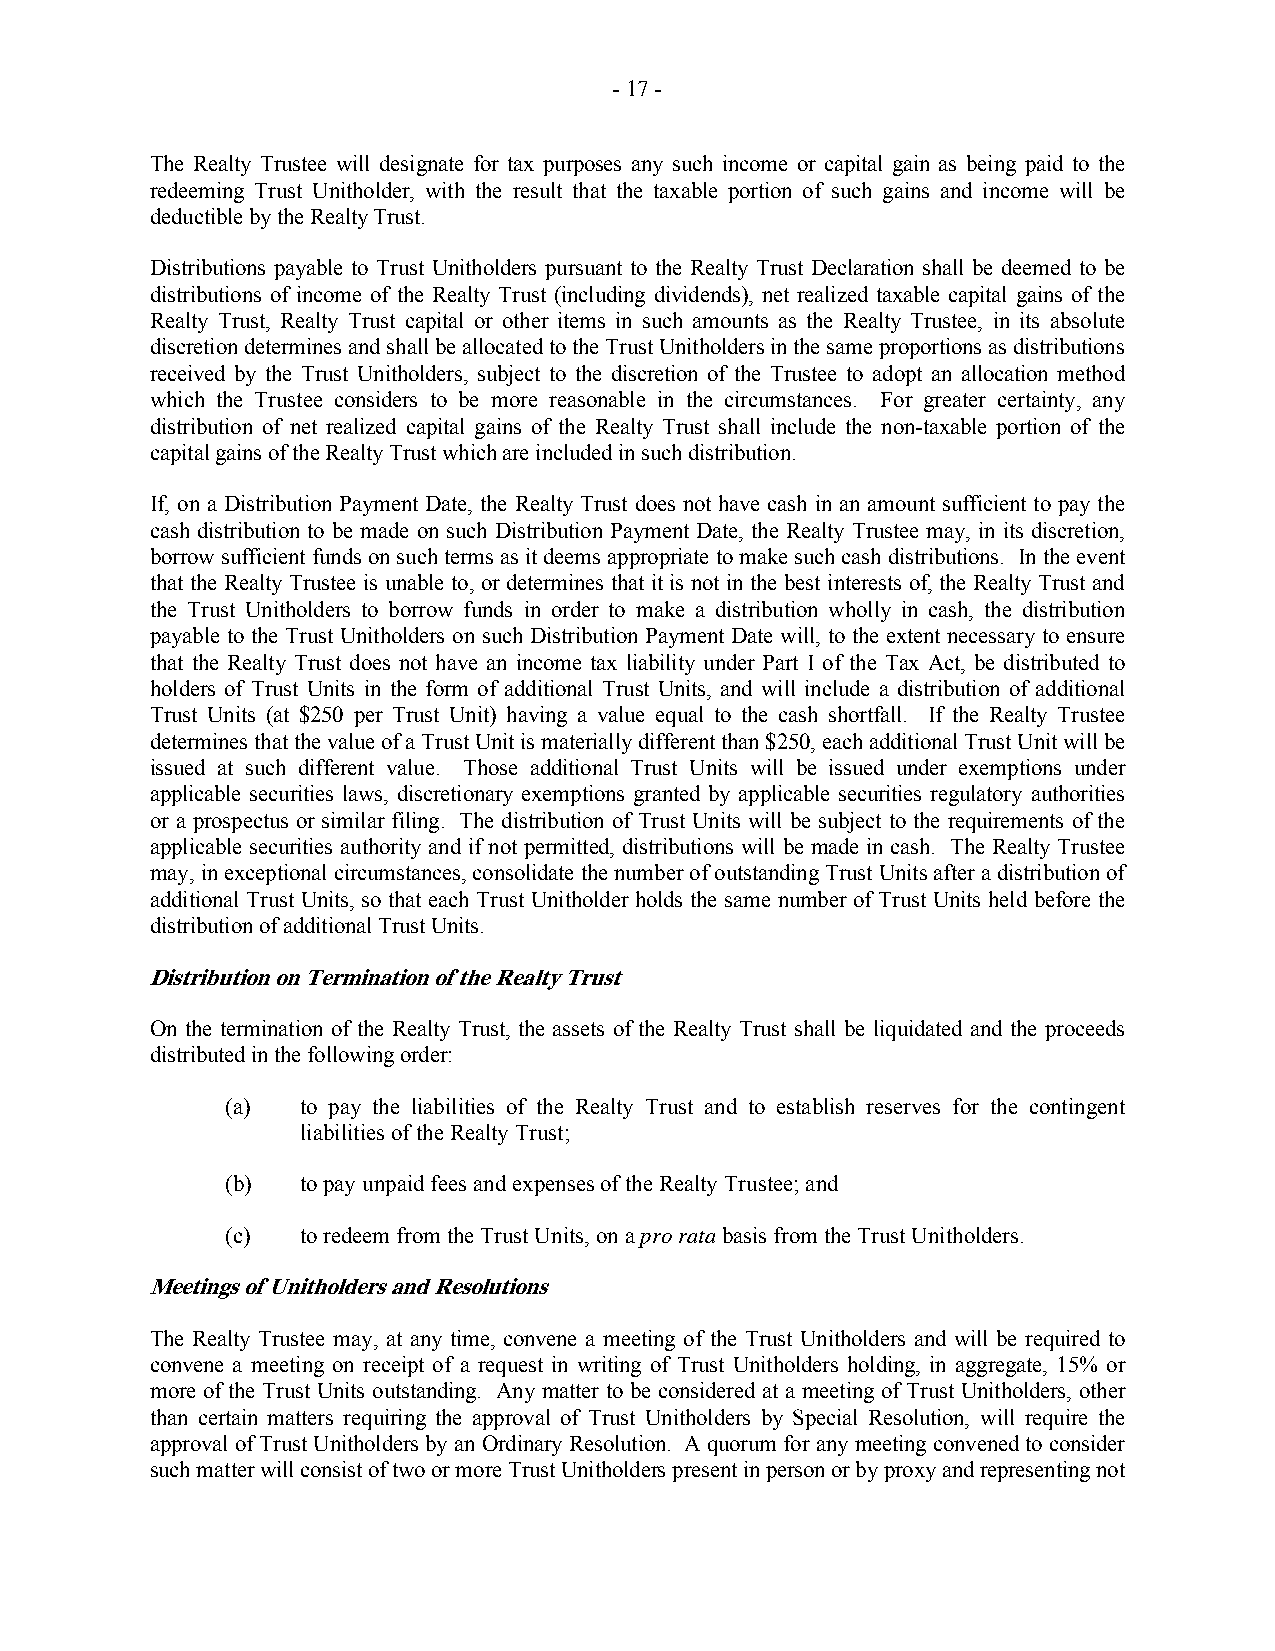
- 17 -
 The Realty Trustee will designate for tax purposes any such income or capital gain as being paid to the
 redeeming Trust Unitholder, with the result that the taxable portion of such gains and income will be
 deductible by the Realty Trust.
 Distributions payable to Trust Unitholders pursuant to the Realty Trust Declaration shall be deemed to be
 distributions of income of the Realty Trust (including dividends), net realized taxable capital gains of the
 Realty Trust, Realty Trust capital or other items in such amounts as the Realty Trustee, in its absolute
 discretion determines and shall be allocated to the Trust Unitholders in the same proportions as distributions
 received by the Trust Unitholders, subject to the discretion of the Trustee to adopt an allocation method
 which the Trustee considers to be more reasonable in the circumstances. For greater certainty, any
 distribution of net realized capital gains of the Realty Trust shall include the non-taxable portion of the
 capital gains of the Realty Trust which are included in such distribution.
 If, on a Distribution Payment Date, the Realty Trust does not have cash in an amount sufficient to pay the
 cash distribution to be made on such Distribution Payment Date, the Realty Trustee may, in its discretion,
 borrow sufficient funds on such terms as it deems appropriate to make such cash distributions. In the event
 that the Realty Trustee is unable to, or determines that it is not in the best interests of, the Realty Trust and
 the Trust Unitholders to borrow funds in order to make a distribution wholly in cash, the distribution
 payable to the Trust Unitholders on such Distribution Payment Date will, to the extent necessary to ensure
 that the Realty Trust does not have an income tax liability under Part I of the Tax Act, be distributed to
 holders of Trust Units in the form of additional Trust Units, and will include a distribution of additional
 Trust Units (at $250 per Trust Unit) having a value equal to the cash shortfall. If the Realty Trustee
 determines that the value of a Trust Unit is materially different than $250, each additional Trust Unit will be
 issued at such different value. Those additional Trust Units will be issued under exemptions under
 applicable securities laws, discretionary exemptions granted by applicable securities regulatory authorities
 or a prospectus or similar filing. The distribution of Trust Units will be subject to the requirements of the
 applicable securities authority and if not permitted, distributions will be made in cash. The Realty Trustee
 may, in exceptional circumstances, consolidate the number of outstanding Trust Units after a distribution of
 additional Trust Units, so that each Trust Unitholder holds the same number of Trust Units held before the
 distribution of additional Trust Units.
 Distribution on Termination of the Realty Trust
 On the termination of the Realty Trust, the assets of the Realty Trust shall be liquidated and the proceeds
 distributed in the following order:
 (a)  to pay the liabilities of the Realty Trust and to establish reserves for the contingent
 liabilities of the Realty Trust;
 (b)  to pay unpaid fees and expenses of the Realty Trustee; and
 (c)  to redeem from the Trust Units, on a pro rata basis from the Trust Unitholders.
 Meetings of Unitholders and Resolutions
 The Realty Trustee may, at any time, convene a meeting of the Trust Unitholders and will be required to
 convene a meeting on receipt of a request in writing of Trust Unitholders holding, in aggregate, 15% or
 more of the Trust Units outstanding. Any matter to be considered at a meeting of Trust Unitholders, other
 than certain matters requiring the approval of Trust Unitholders by Special Resolution, will require the
 approval of Trust Unitholders by an Ordinary Resolution. A quorum for any meeting convened to consider
 such matter will consist of two or more Trust Unitholders present in person or by proxy and representing not